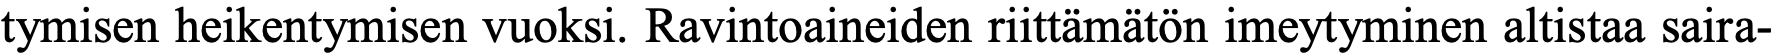
tymisen heikentymisen vuoksi. Ravintoaineiden riittämätön imeytyminen altistaa saira-